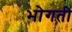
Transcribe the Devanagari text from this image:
भोगती